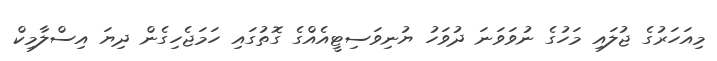
މިއަހަރުގެ ޖުލައި މަހުގެ ނުވަވަަނަ ދުވަހު ޔުނިވަސިޓީއެއްގެ ގޮތުގައި ހަމަޖެހިގެން ދިޔަ އިސްލާމިކް